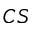
C S